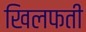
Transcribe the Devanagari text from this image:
खिलफती